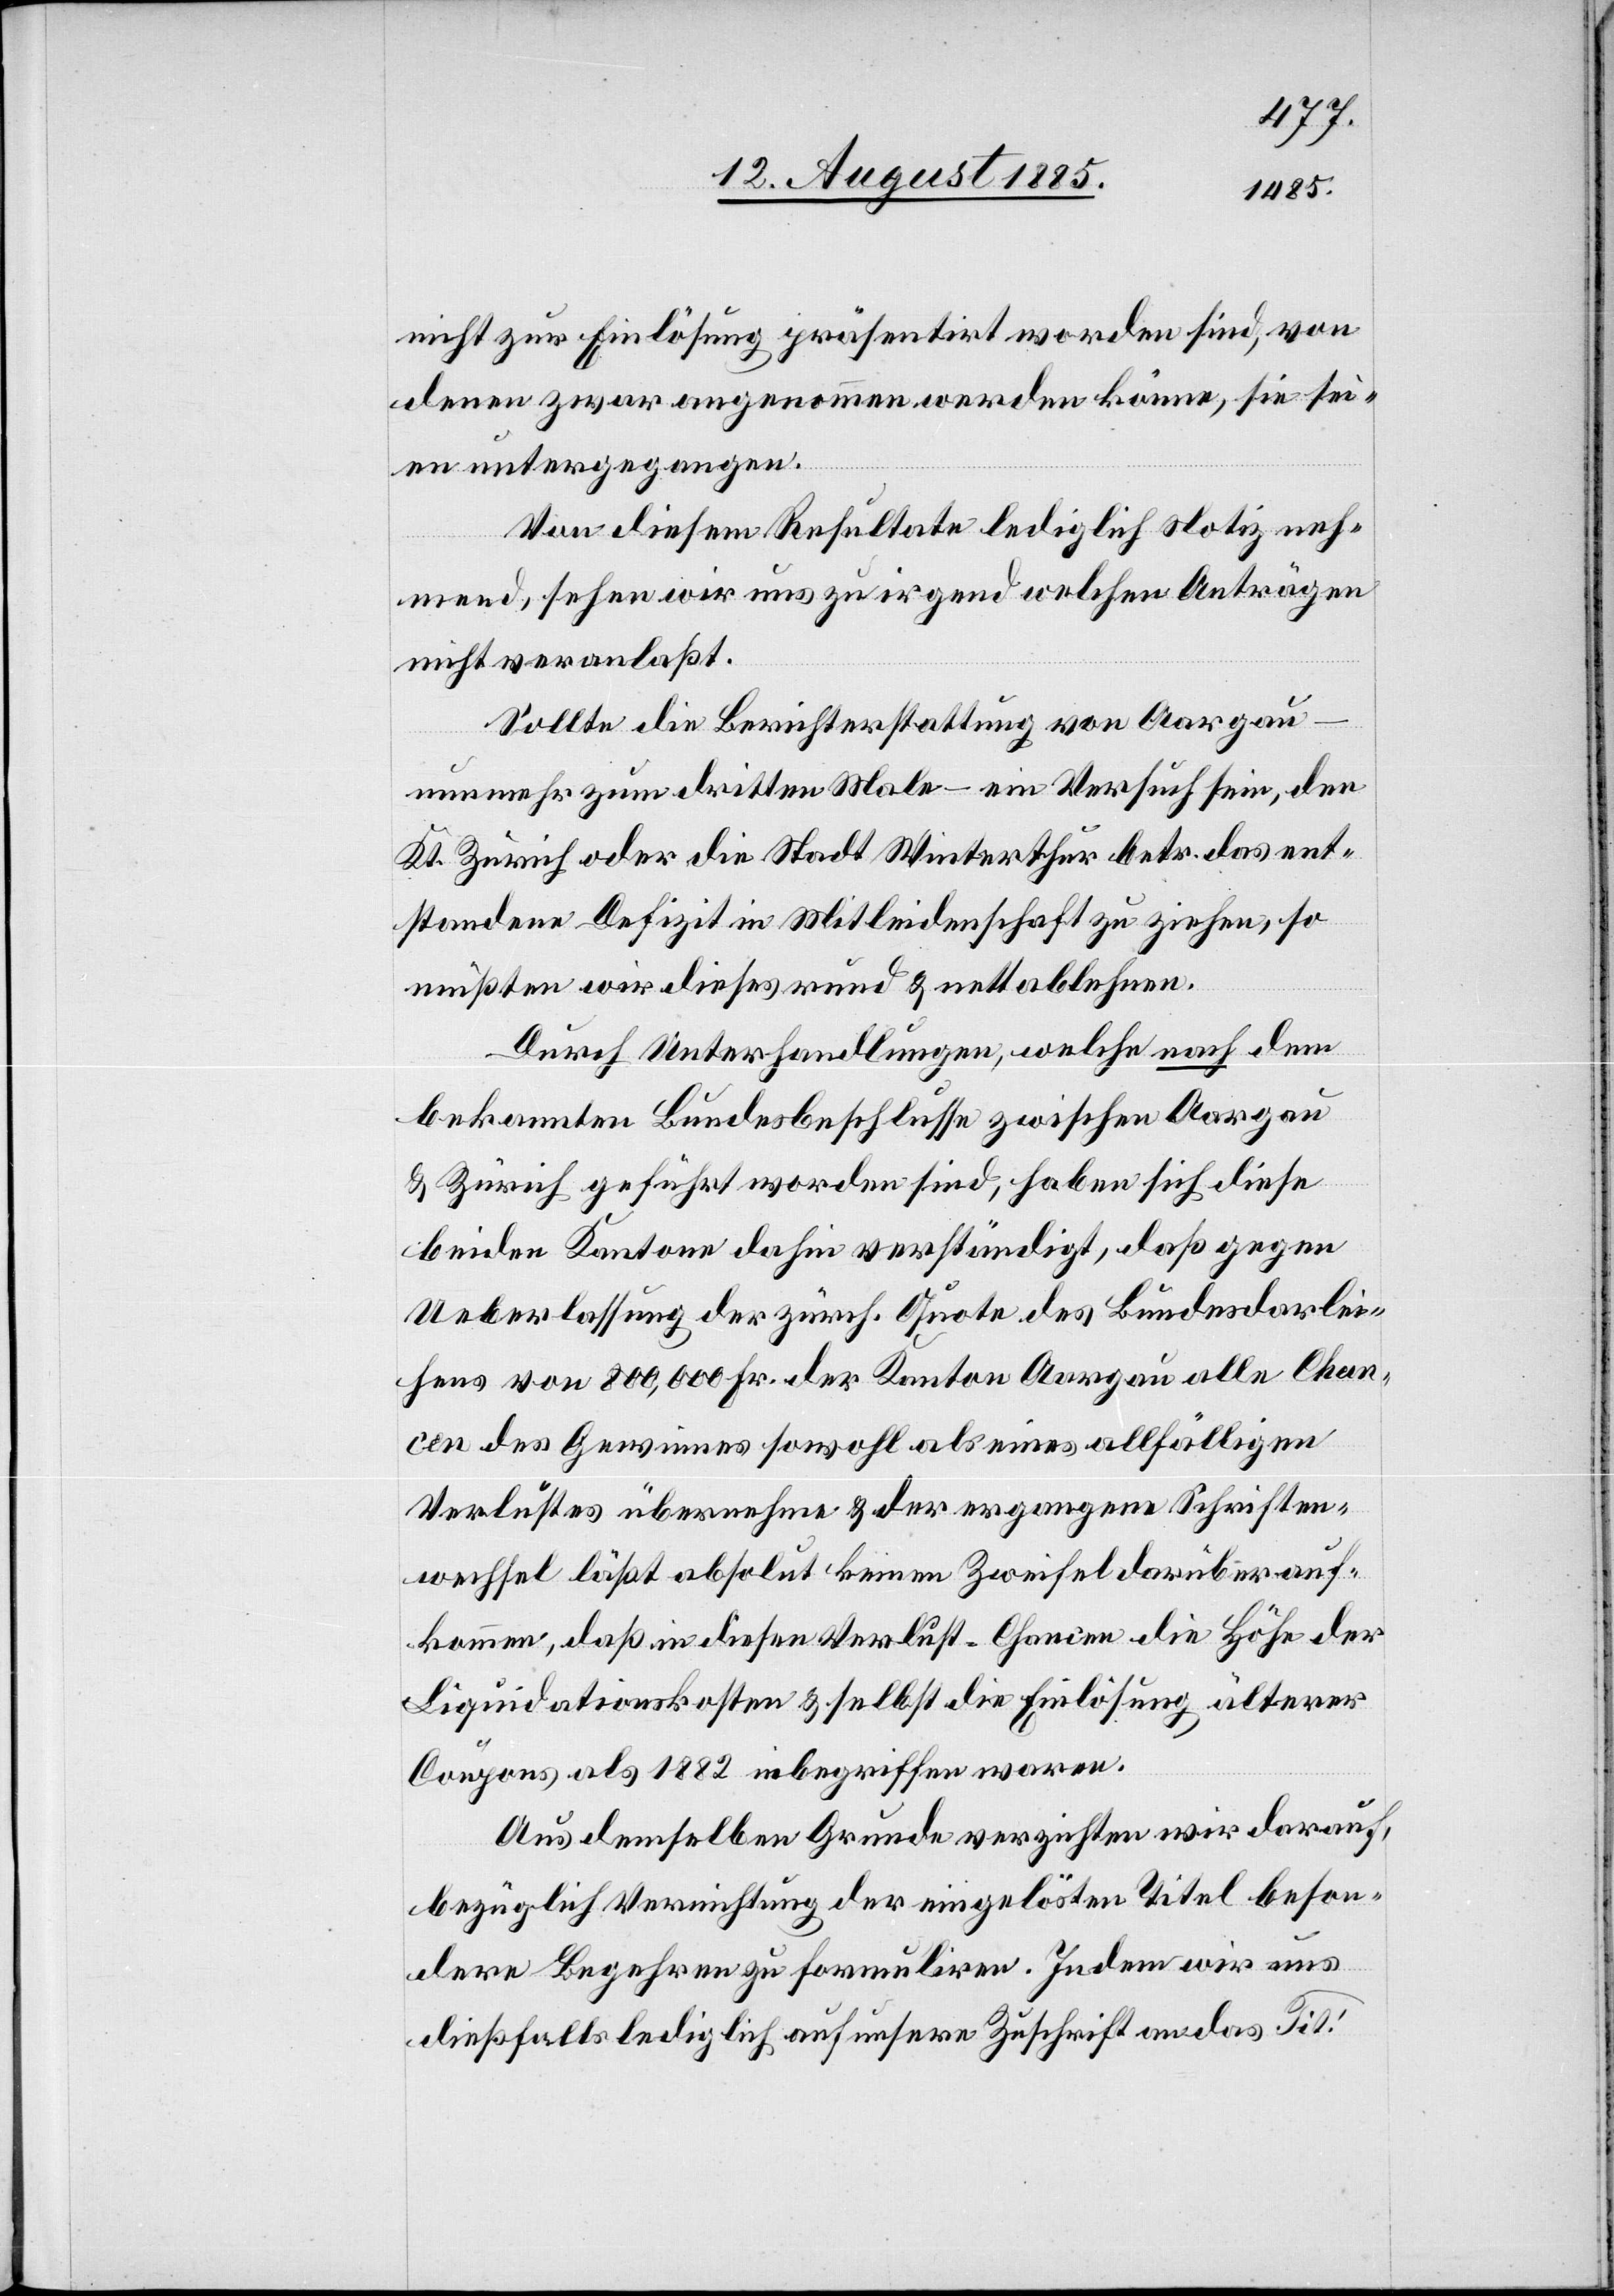
nicht zur Einlösung präsentirt worden sind, von
denen zwar angenommen werden könne, sie sei¬
en untergegangen.
Von diesem Resultate lediglich Notiz neh¬
mend, sehen wir uns zu irgend welchen Anträgen
nicht veranlaßt.
Sollte die Berichterstattung von Aargau
nunmehr zum dritten Male – ein Versuch sein, den
Kt. Zürich oder die Stadt Winterthur betr. das ent¬
standene Defizit in Mitleidenschaft zu ziehen, so
müßten wir dieses rund & nett ablehnen.
Durch Unterhandlungen, welche nach dem
bekannten Bundesbeschlusse zwischen Aargau
& Zürich geführt worden sind, haben sich diese
beiden Kantone dahin verständigt, daß gegen
Ueberlassung der zürch. Quote des Bundesdarlei¬
hens von 800,000 Fr. der Kanton Aargau alle Chan¬
cen des Gewinnes sowohl als eines allfälligen
Verlustes übernehme & der ergangene Schriften¬
wechsel läßt absolut keinen Zweifel darüber auf¬
kommen, daß in diesen Verlust-Chancen die Höhe der
Liquidationskosten & selbst die Einlösung älterer
Coupons als 1882 inbegriffen waren.
Aus demselben Grunde verzichten wir darauf,
bezüglich Verrichtung der eingelösten Titel beson¬
dere Begehren zu formuliren. Indem wir uns
dießfalls lediglich auf unsere Zuschrift an das Tit.